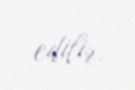
edilir.